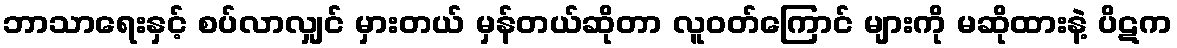
ဘာသာရေးနှင့် စပ်လာလျှင် မှားတယ် မှန်တယ်ဆိုတာ လူဝတ်ကြောင် များကို မဆိုထားနဲ့ ပိဋက